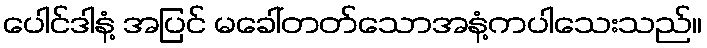
ပေါင်ဒါနံ့ အပြင် မခေါ်တတ်သောအနံ့ကပါသေးသည်။